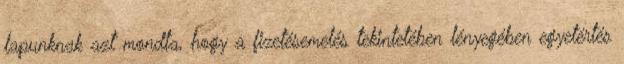
lapunknak azt mondta, hogy a fizetésemelés tekintetében lényegében egyetértés